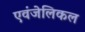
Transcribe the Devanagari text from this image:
एवंजेलिकल